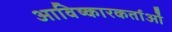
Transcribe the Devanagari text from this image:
आविष्कारकर्ताओं